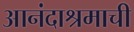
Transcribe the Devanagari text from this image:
आनंदाश्रमाची